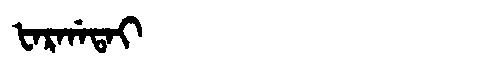
Manchu: ᡶᠠᡵᡤᠠᡨᠠᡳ
Romanization: FARGATAI